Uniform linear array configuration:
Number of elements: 8
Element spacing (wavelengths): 1
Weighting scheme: binomial
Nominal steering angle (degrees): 30
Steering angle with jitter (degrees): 29.138
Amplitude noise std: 0.05
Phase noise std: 0.05

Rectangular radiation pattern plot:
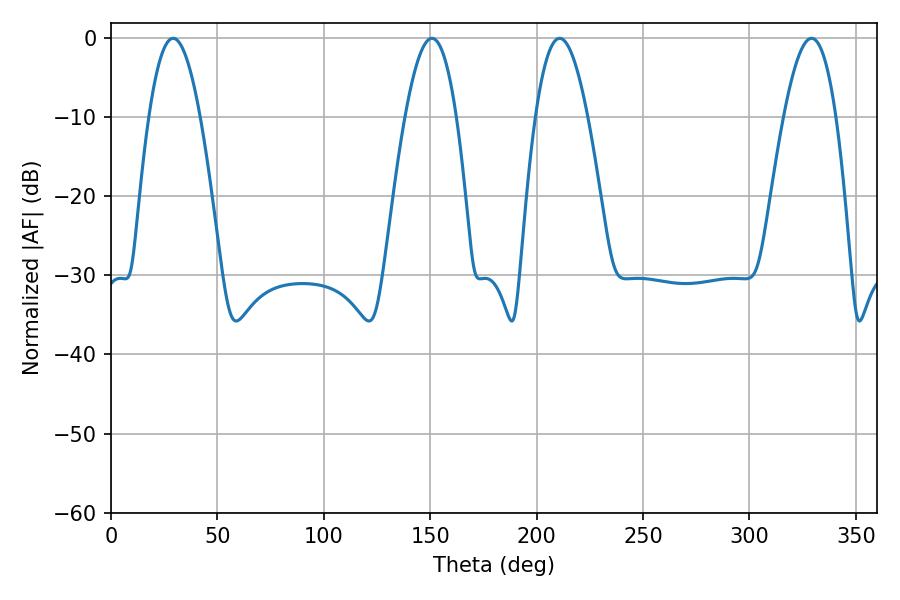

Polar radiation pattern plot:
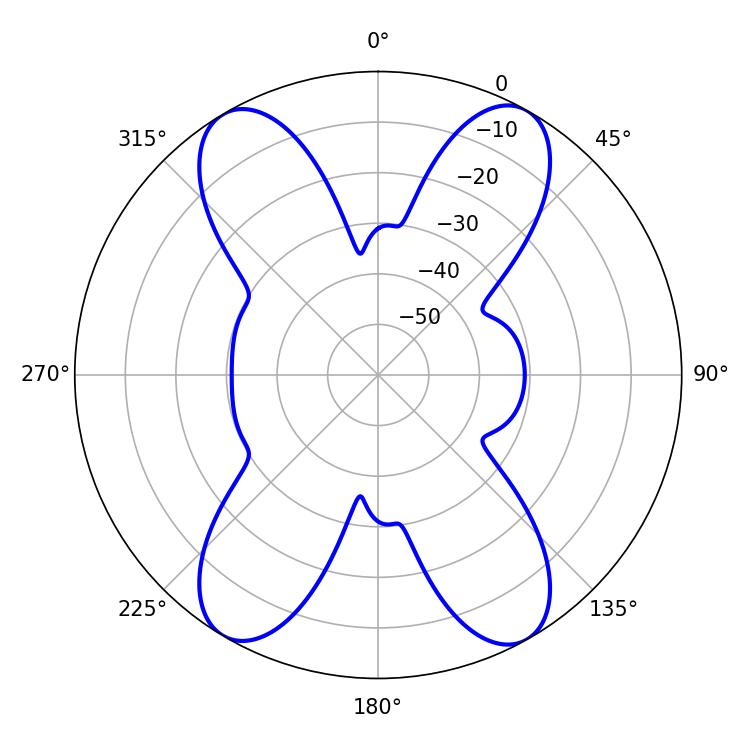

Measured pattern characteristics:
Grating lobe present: TRUE
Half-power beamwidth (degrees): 13.5
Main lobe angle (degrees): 329.22